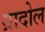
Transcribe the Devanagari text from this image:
ग्रादोल